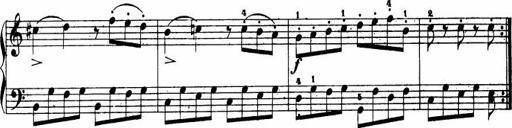
Title: Le bouquetier
Composer: Anton Diabelli
Key: G major
 C major
 F major
 C major